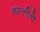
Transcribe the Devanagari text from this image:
नस्लीचे